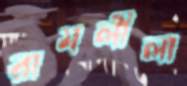
রামলীলা